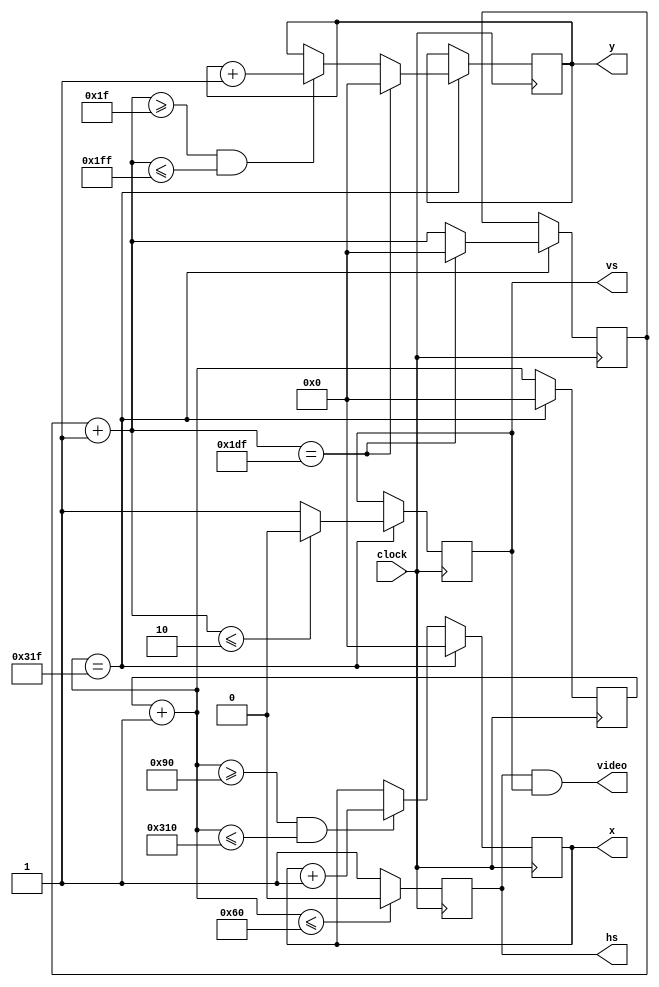
`timescale 1ns / 1ps
//////////////////////////////////////////////////////////////////////////////////
// Company: 
// Engineer: 
// 
// Design Name: 
// Module Name:    controlador 
// Project Name: 
// Target Devices: 
// Tool versions: 
// Description: 
//
// Dependencies: 
//
// Revision: 
// Revision 0.01 - File Created
// Additional Comments: 
//
//////////////////////////////////////////////////////////////////////////////////
module controlador(
    input clock,//25MHz
    output reg hs,
    output reg vs,
    output reg [9:0] x,
    output reg [9:0] y,
	 output video
	 
    );
	 
reg [9:0] contx=0;
reg [9:0] conty=0;
initial x=0;
initial y=0;
initial hs=0;
initial vs=0;

assign video = hs&&vs;

always@(posedge clock)
begin
  contx=contx+1;
	  if(contx <= 96) hs<=0;
	  else hs<=1;
	  if(contx>=144 && contx <=784) x<=x +1;
		  if(contx==799)
		  begin
		  contx=0;
		  x<=0;
		  conty=conty+1;
			  if(conty <= 2) vs<=0;
			  else vs<=1;
			  if(conty>=31 && conty <=511) y<=y +1;
			  if(conty==479)
			  begin
			  conty=0;
			  y<=0;
			  end
		  end
end

endmodule